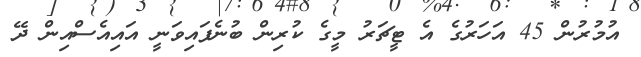
އުމުރުން 45 އަހަރުގެ އެ ޓީޗަރު މީގެ ކުރިން ބުނެފައިވަނީ އައިއެސްއިން ދޭ